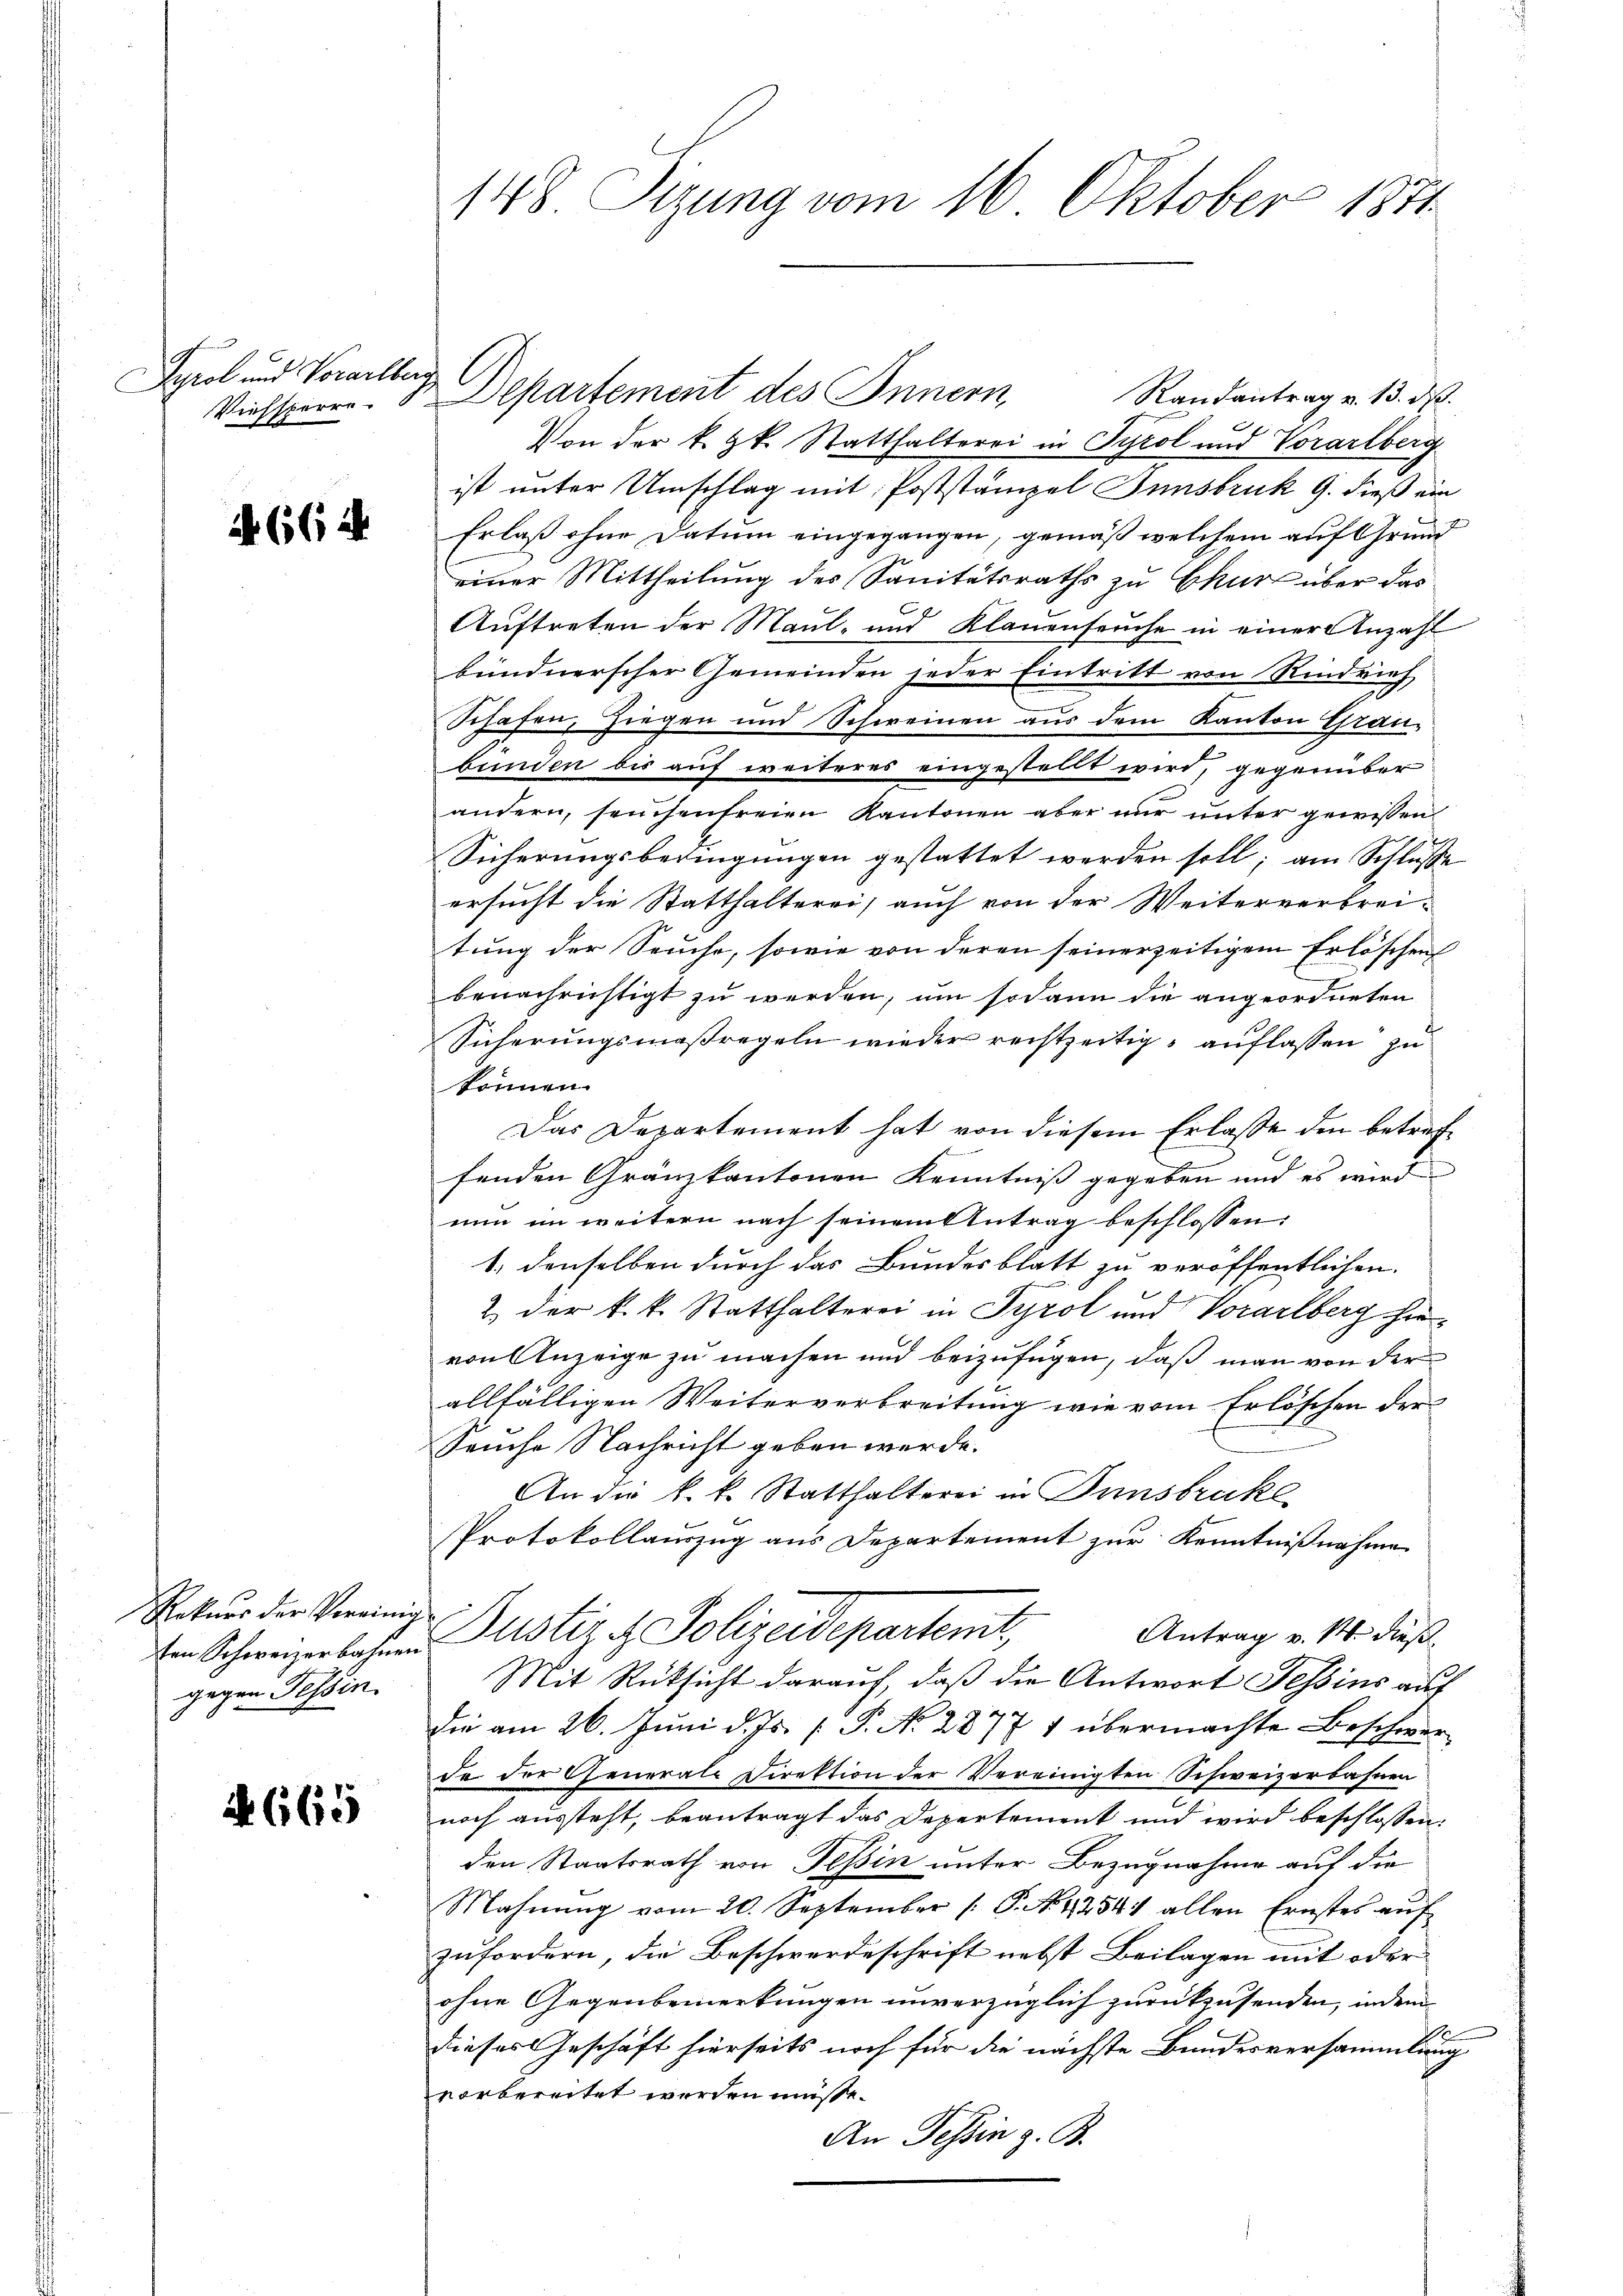
Pyrol und Vorarlberg
Viehsperre

66, 2

Rekurs der Vereinig
gegen Tessin.

A. 665

148. Sitzung vom 16. Oktober 1871

Departement des Innern Randantrag v. 13. ds.
Von der k. k. Statthalterei in Tyrol und Vorarlberg
ist unter Umschlag mit Poststämpel Innsbruk 9. dieß ein
Erlaß ohne Datum eingegangen, gemäß welchem auf Grund
einer Mittheilung des Sanitätsraths zu Ekur über das
Auftreten der Maul- und Klauenseuche in einer Anzahl
bündnerscher Gemeinden jeder Eintritt von Rindrief
Schafen, Ziegen und Schweinen aus dem Kanton Grau-
bunden bis auf weiteres eingestellt wird, gegenüber
andern, seuchenfreien Kantonen aber nur unter gewissen
Sicherungsbedingungen gestattet werden soll; am Schlüsse
ersucht die Statthalterei) auch von der Weiterverbreitung der Seuche, sowie von deren seinerzeitigem Erlöschen
benachrichtigt zu werden, um sodann die angeordneten
Sicherungsmaßregeln wieder reistzeitig auflassen zu
können.
Das Departement hat von diesem Erlasse den betreffenden Gränzkantonen Kenntniß gegeben und es wird
nun im weitern nach seinem Antrag beschlossen:
1., denselben durch das Bundesblatt zu veröffentlichen
2. der k. k. Statthalterei in Tyrol und Vorarlberg hie
von Anzeige zu machen und beizufügen, daß man von der
allfälligen Weiterverbreitung wie vom Erlöschen der
Seuche Nachricht geben werde.
An die k. k. Statthalterei in Bansbruke
Protokollauszug aus Departement zur Kenntnißnahme
Antrag v. M. dies
Im Schweizerbes Justiz & Polizeidepartem
Mit Rücksicht darauf, daß die Antwort Tessins auf
Die am 26. Juni d. Js. f. P. N. 2877 1 übermachte Beschwerde der Generale Direktion der Vereinigten Schweizerbahnen
noch aussteht, beantragt das Departement und wird beschlossen:
den Staatsrath von Teßin unter Bezugnahme auf die
Mahnung vom 20. September [ P. No. 42544 allen Ernstes auf
zufordern, die Beschwerdeschrift nebst Beilagen mit oder
ohne Gegenbemerkungen unverzüglich zurückzusenden, indem
.
dieses Geschäft hierseits noch für die nächste Bundesversammlung
vorbereitet werden müsse.
An Tessin z. B.